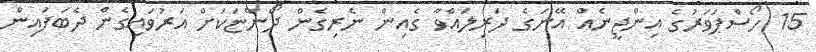
15 ހޯސްޕަވަރުގެ އިންޖީނެއް އޭނަގެ ދަރިލައްވާ ގެއިން ނެރިގެން ދޯންޏަކަށް އަރުވައިގެން ދެބަފައިން